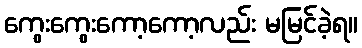
ကွေးကွေးကော့ကော့လည်း မမြင်ခဲ့ရ။